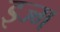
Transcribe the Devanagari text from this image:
इज्म